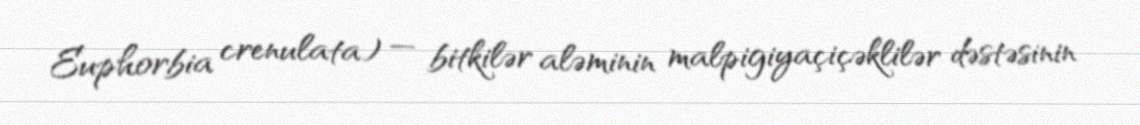
Euphorbia crenulata) — bitkilər aləminin malpigiyaçiçəklilər dəstəsinin